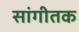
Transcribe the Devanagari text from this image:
सांगीतक